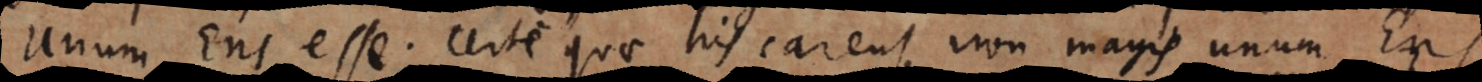
Unum Ens esse. Certe quae his carent, non magis unum Ens